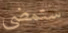
ستمضي